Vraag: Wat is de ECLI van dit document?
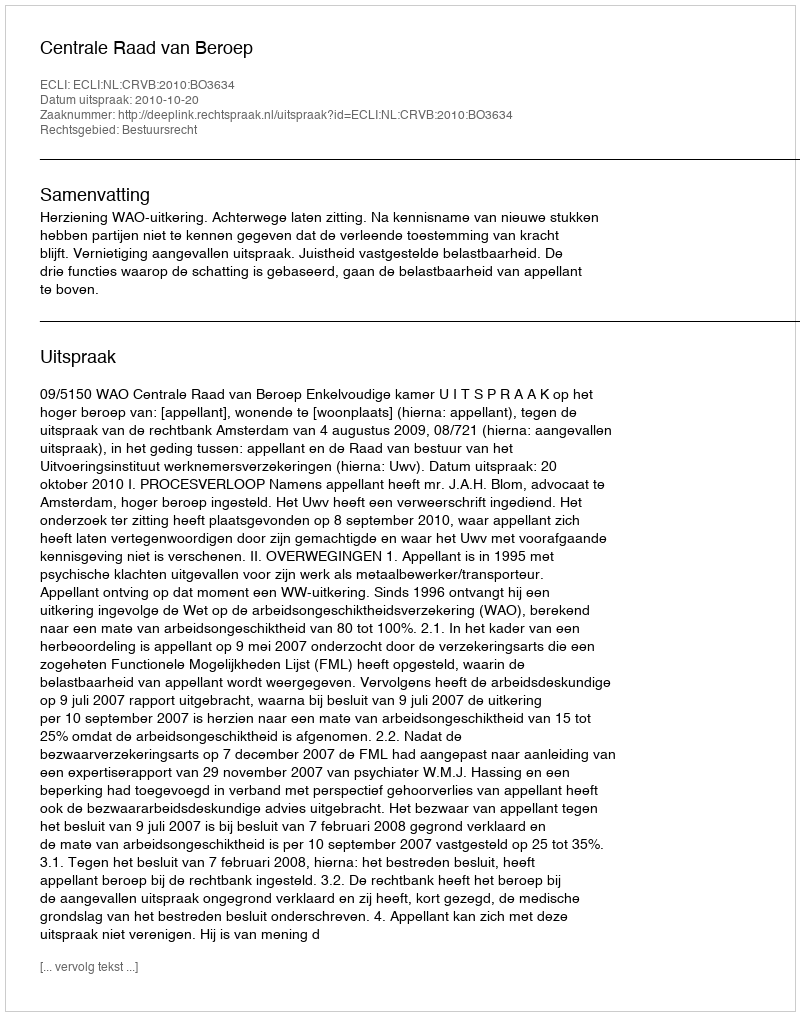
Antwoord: ECLI:NL:CRVB:2010:BO3634